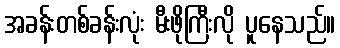
အခန်းတစ်ခန်းလုံး မီးဖိုကြီးလို ပူနေသည်။